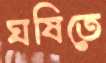
ঘষিতে